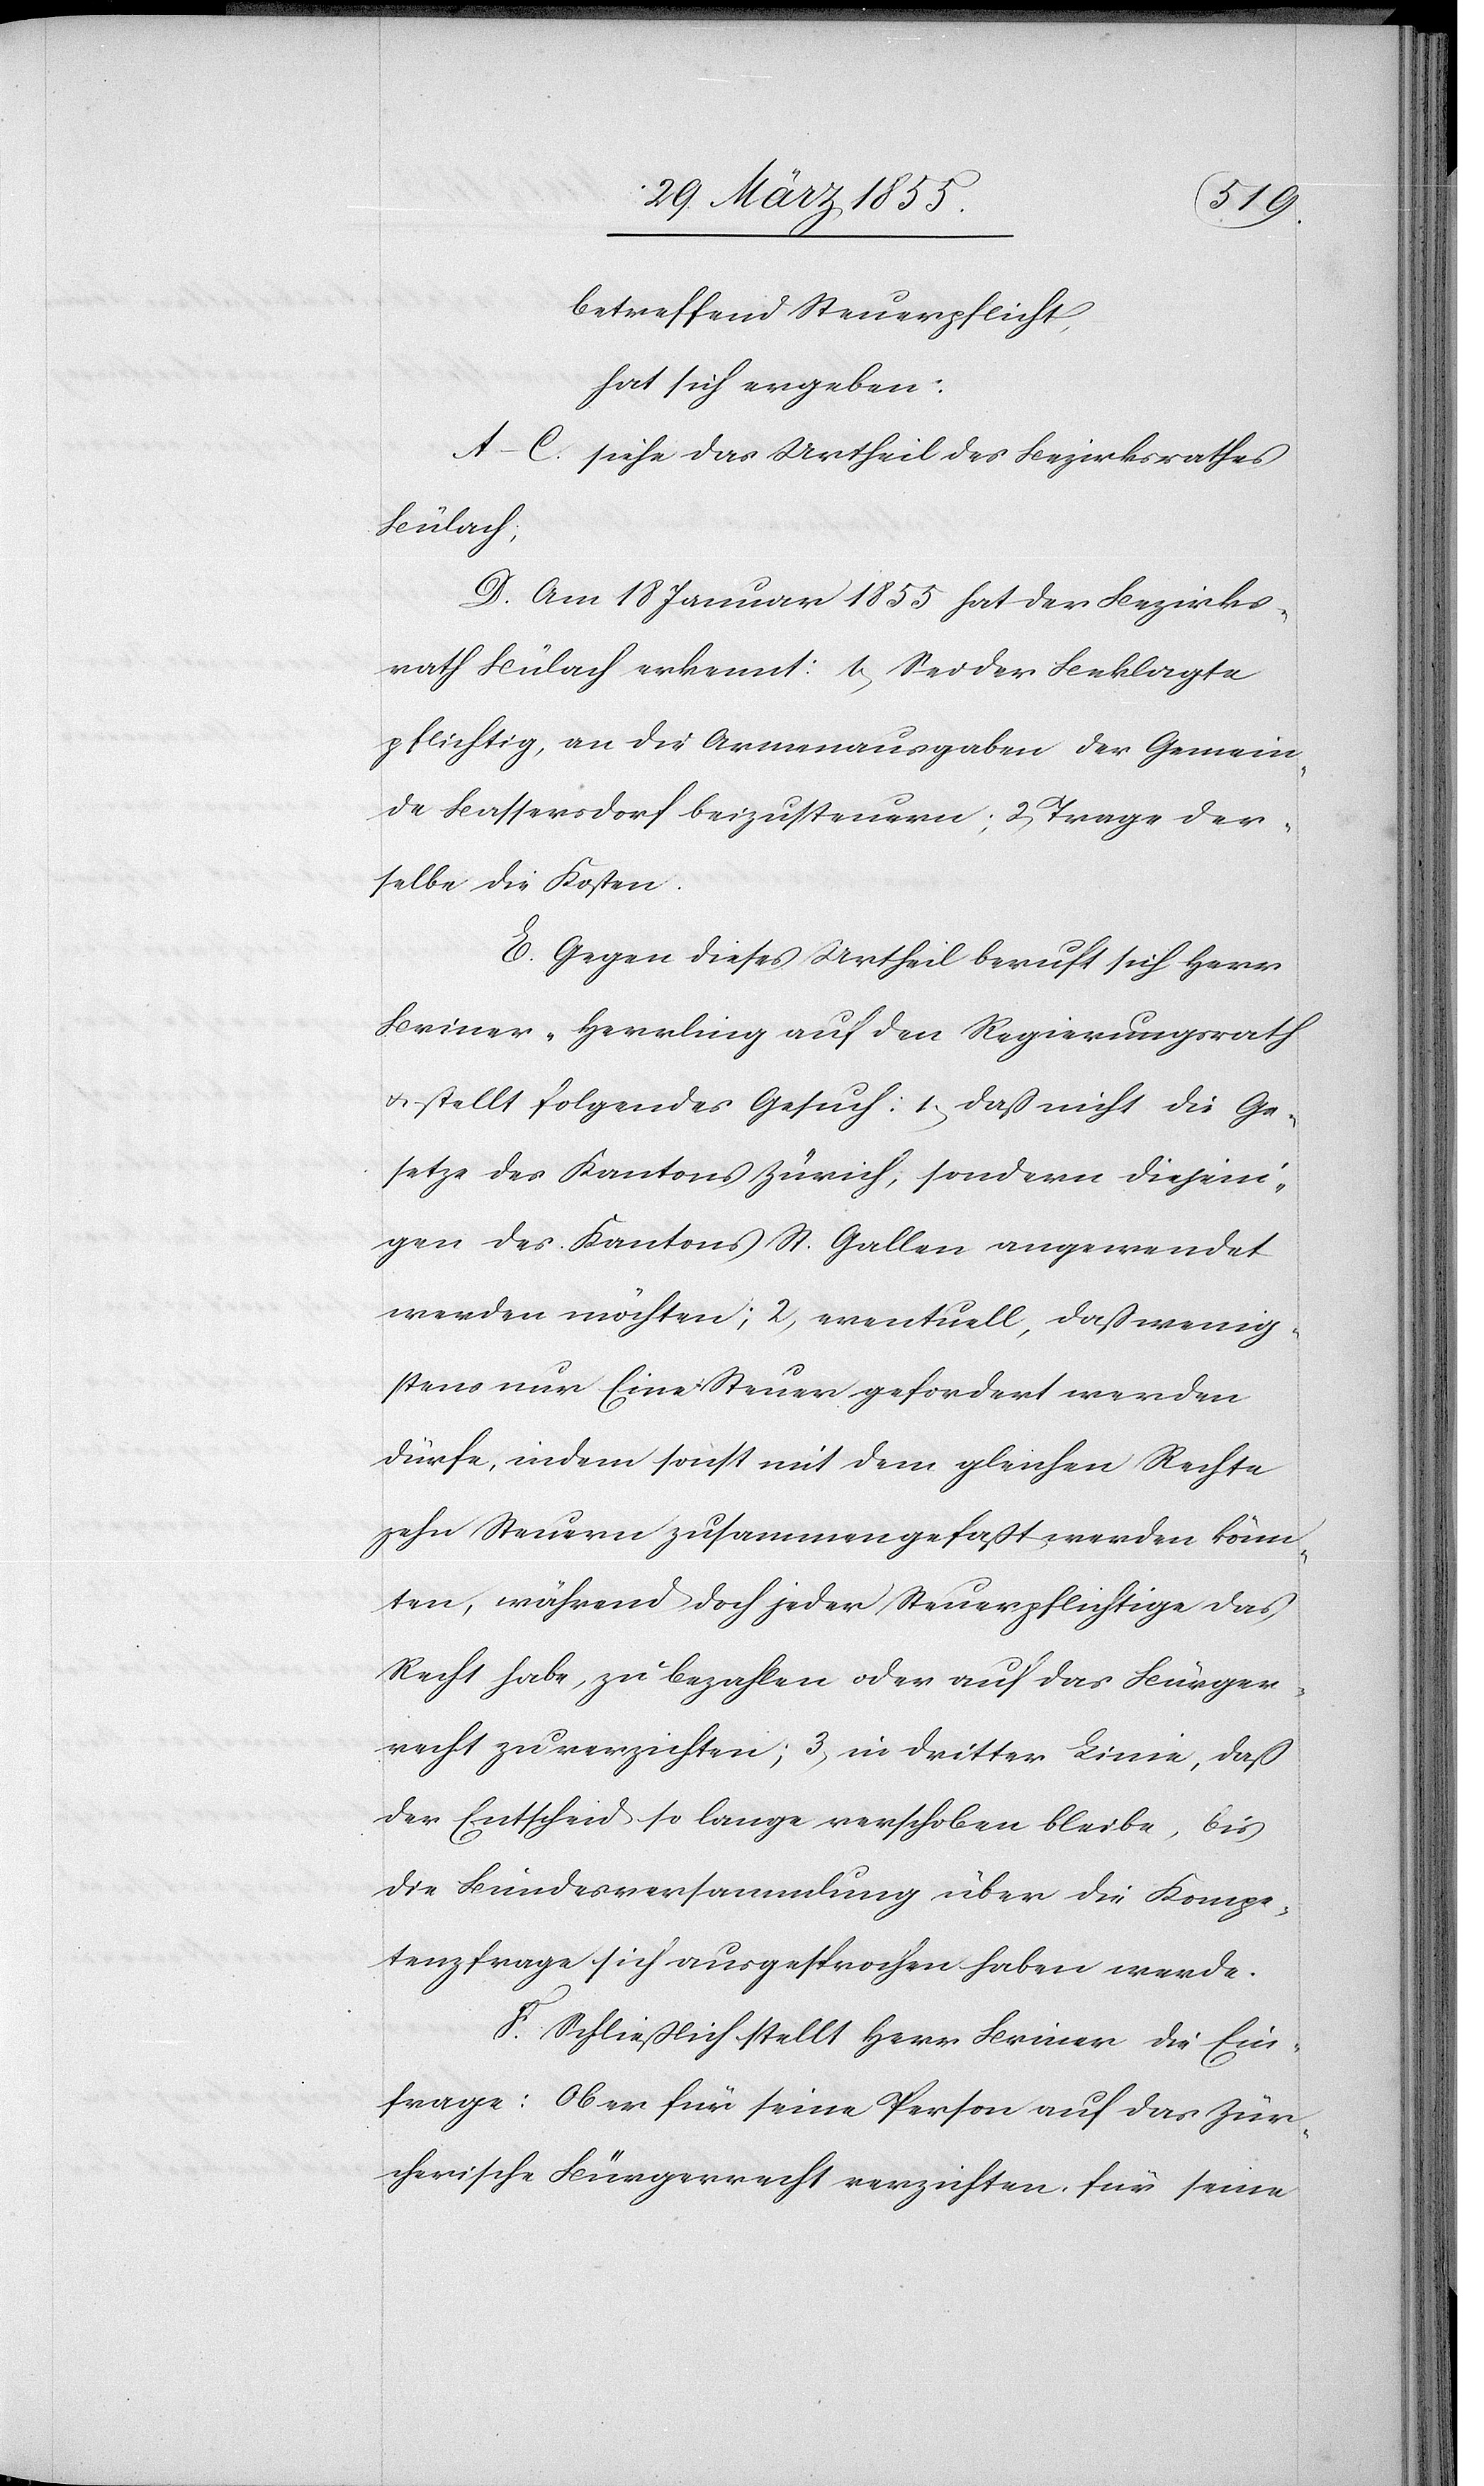
betreffend Steuerpflicht,
hat sich ergeben:
A.–C. siehe das Urtheil des Bezirksrathes
Bülach;
D. Am 18 Januar 1855 hat der Bezirks¬
rath Bülach erkennt: 1, Sei der Beklagte
pflichtig, an die Armenausgaben der Gemein¬
de Bassersdorf beizusteuern; 2, Trage der¬
selbe die Kosten.
E. Gegen dieses Urtheil beruft sich Herr
Briner-Herrling auf den Regierungsrath
& stellt folgendes Gesuch: 1, daß nicht die Ge¬
setze des Kantons Zürich, sondern diejeni¬
gen des Kantons St. Gallen angewendet
werden möchten; 2, eventuell, daß wenig¬
stens nur Eine Steuer gefordert werden
dürfe, indem sonst mit dem gleichen Rechte
zehn Steuern zusammengefaßt werden könn¬
ten, während doch jeder Steuerpflichtige das
Recht habe, zu bezahlen oder auf das Bürger¬
recht zu verzichten; 3, in dritter Linie, daß
der Entscheid so lange verschoben bleibe, bis
die Bundesversammlung über die Kompe¬
tenzfrage sich ausgesprochen haben werde.
F. Schließlich stellt Herr Briner die Ein¬
frage: Ob er für seine Person auf das Zür¬
cherische Bürgerrecht verzichten, für seine